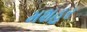
મશહૂર